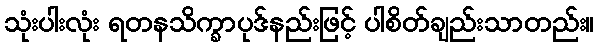
သုံးပါးလုံး ရတနသိက္ခာပုဒ်နည်းဖြင့် ပါစိတ်ချည်းသာတည်း။